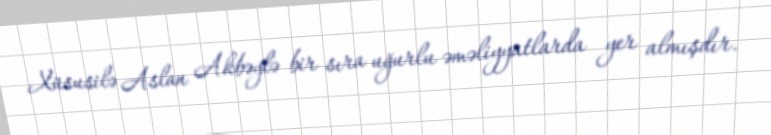
Xüsusilə Aslan Akbəylə bir sıra uğurlu əməliyyatlarda yer almışdır.